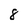
Character: 8